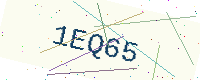
Text: 1EQ65